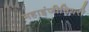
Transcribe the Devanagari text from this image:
महाइंजीनियरी